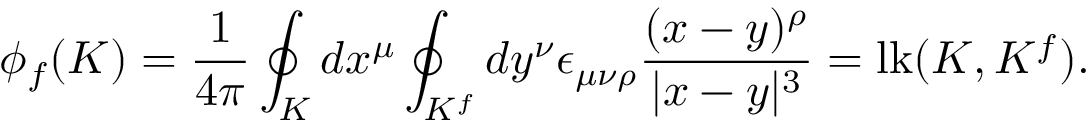
\phi _ { f } ( { \cal K } ) = { \frac { 1 } { 4 \pi } } \oint _ { \cal K } d x ^ { \mu } \oint _ { { \cal K } ^ { f } } d y ^ { \nu } \epsilon _ { \mu \nu \rho } { \frac { ( x - y ) ^ { \rho } } { | x - y | ^ { 3 } } } = \mathrm { l k } ( { \cal K } , { \cal K } ^ { f } ) .